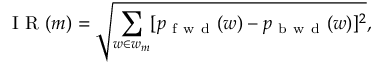
\mathrm { ~ I ~ R ~ } ( m ) = \sqrt { \sum _ { w \in w _ { m } } [ p _ { \mathrm { ~ f ~ w ~ d ~ } } ( w ) - p _ { \mathrm { ~ b ~ w ~ d ~ } } ( w ) ] ^ { 2 } } ,